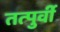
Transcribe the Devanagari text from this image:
तत्‍पुर्वी